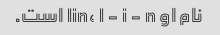
نام او lin، l - i - n است.